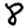
Digit: 8